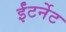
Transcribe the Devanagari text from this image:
ईंटर्नेट